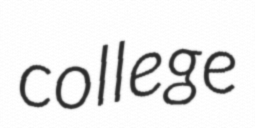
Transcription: college